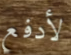
لأدفع